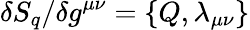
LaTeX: \delta S_{q}/\delta g^{\mu\nu}=\{ Q,\lambda_{\mu\nu}\}